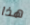
هذا